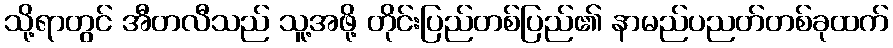
သို့ရာတွင် အီတလီသည် သူ့အဖို့ တိုင်းပြည်တစ်ပြည်၏ နာမည်ပညတ်တစ်ခုထက်